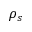
\rho _ { s }